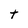
Character: t